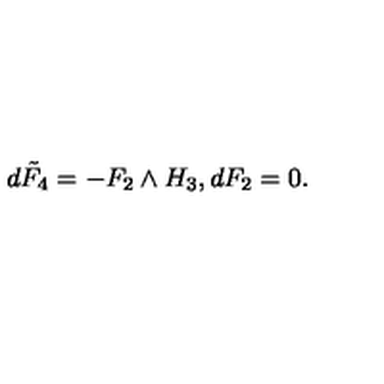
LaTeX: d \tilde { F } _ { 4 } = - F _ { 2 } \wedge H _ { 3 } , d F _ { 2 } = 0 .